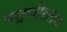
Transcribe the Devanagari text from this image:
बलूचीस्तान